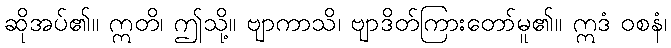
ဆိုအပ်၏။ ဣတိ၊ ဤသို့။ ဗျာကာသိ၊ ဗျာဒိတ်ကြားတော်မူ၏။ ဣဒံ ဝစနံ၊